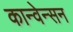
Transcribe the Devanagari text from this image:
कान्वेन्सन